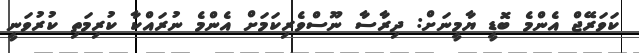
ކަވަރޭޖް އެންމެ ބޮޑީ ޔާމީނަށް: ދިރާސާ ނޫސްވެރިކަމަށް އެންމެ ނުރައްކާ ކުރިމަތި ކުރުވަނީ